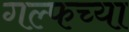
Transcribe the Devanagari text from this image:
गल्फच्या